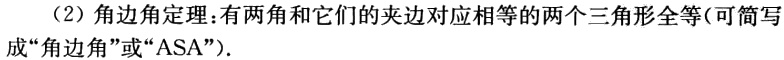
（2）角边角定理：有两角和它们的夹边对应相等的两个三角形全等（可简写成“角边角”或“ASA”）.